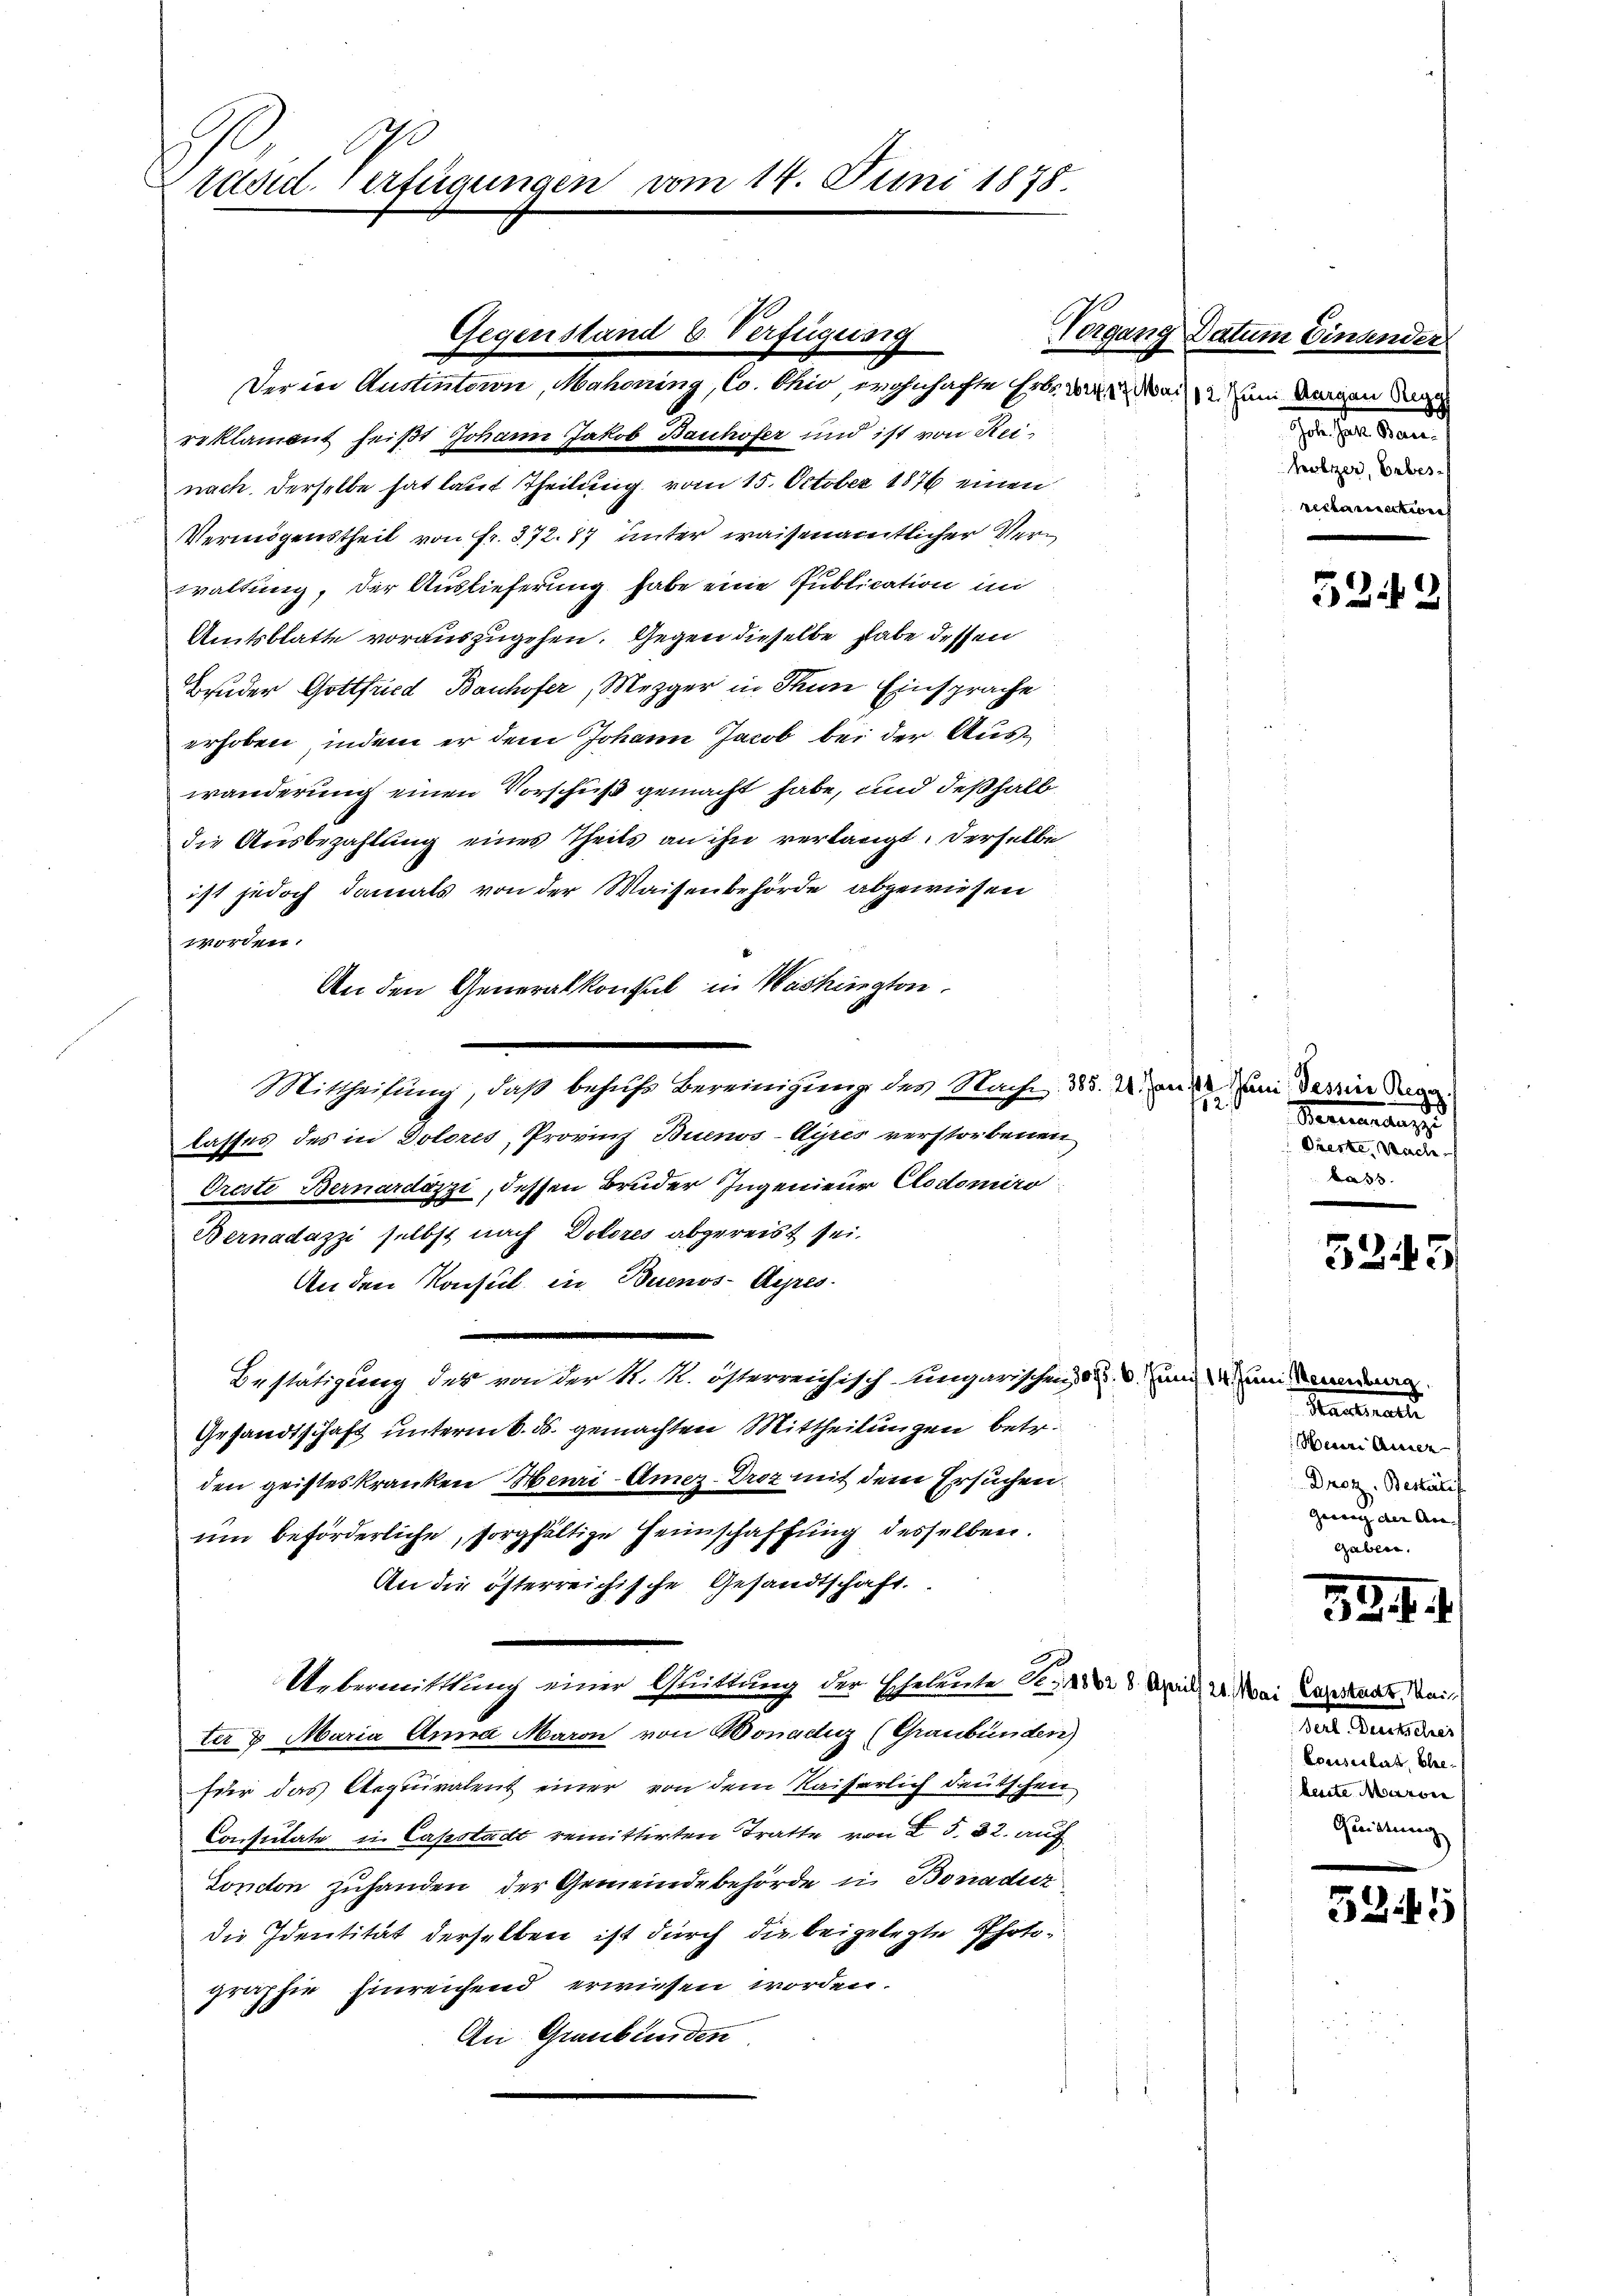
räsid. Verfügungen vom 14. Juni 1878.

reklamont heißt Johann Jakob Bauhofer und ist von Reinach. Derselbe hat laut Theilung vom 15. October 1876 einen
Vermögenstheil von Fr. 372. 87 unter waisenamtlicher Verwaltung, der Auslieferung habe eine Publication im
Amtsblatte vorauszugehen. Gegen dieselbe habe dessen
Bruder Gottfried Bauhofer, Mezger in Thun Einsprache
erhoben, indem er dem Johann Jacob bei der Auswanderung einen Vorschuß gemacht habe, und deßhalb
die Ausbezahlung eines Theils an ihn verlangt. Derselbe
ist jedoch damals von der Waisenbehörde abgewiesen
vorden:
An den Generalkonsul in Washington
Mittheilung, daß behufs Bereinigung des Nache, 383. 2. an die an darin denn
lasses des in Dolores, Provinz Buenos-Ayres verstorbenen
Oresti Bernardazzi, dessen Bruder Ingenieur Codomiro
Bernadazzi selbst nach Dolores abgereist sei.
An den Konsul in Buenos-Ayres
.
Bestätigung des von der K. M. österreichisch-ungarischen, d. d. und dem ang
Gesandtschaft unterm 6. ds. gemachten Mittheilungen betr.
den geisteskranken Henri-Amez. Droz mit dem Ersuchen.
um beförderliche, sorgfältige Heimschaffung desselben.
An die österreichische Gesandtschaft.
Uebermittlung einer Quittung der Eheleute No. 458. Sind 24. Mai ergerten Kais
ter & Maria Anna Maron von Bonaduz (Graubünden)
fuer das Aequivalent einer von dem Kaiserlich deutschen
Consulate in Capstadt remittirten Tratte von § 5. 32. auf
Conton zuhanden, der Gemeindebehörde in Bonadenz
die Identität derselben ist durch die beigelegte Photographie Einreichend erwiesen worden.
An Graubünden

Gegenstand b. Verfügung
Der in Austinteron, Mahorring, Co. Ohio wohnhafte Erbs wird Mai ein den d

Vorgang Datum Einsender
es handen
Holtzer, Erbes
reclamatisch

12
Stammen,
Orerke, Verehe-
bass

Staatsrat
Main Anne
Droz. Bestatif
gung der Ana- |
gaben.

Der Geselben
Consulat, Eheleute Marien
Quittung

5212

5245

33 f. 1.

5245